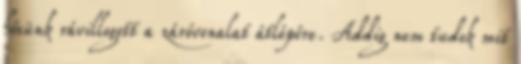
hősünk rávillogott a záróvonalat átlépőre. Addig nem tudok mit